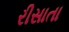
રીસાતા